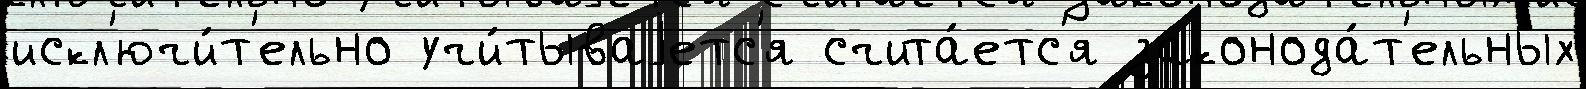
искл'ючи́т'ельно учи́тываjетс'я счита́етс'я законода́т'ельных